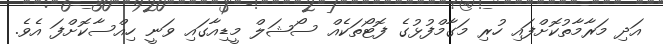
އަދި މަރާމާތުކޮށްފައި ހުރި މަގާމްފުޅުގެ ފޮޓޯތަކެއް ސޯޝަލް މީޑިއާގައި ވަނީ ހިއްސާކޮށްފަ އެވެ.